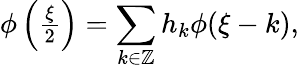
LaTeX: \begin{array}{r}{\phi\left(\frac{\xi}{2}\right)=\displaystyle\sum_{k\in\mathbb{Z}}h_{k}\phi(\xi-k),}\end{array}